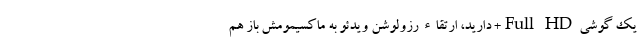
یک گوشی Full HD+ دارید، ارتقاء رزولوشن ویدئو به ماکسیمومش باز هم